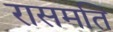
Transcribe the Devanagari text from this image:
रासमति